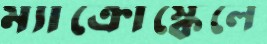
ম্যাক্রোস্কেলে